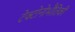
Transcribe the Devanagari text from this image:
टेक्टोनोभौतिकी